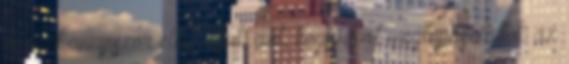
és mint annyiszor elmondjuk azt, hogy amit megtapasztaltok az